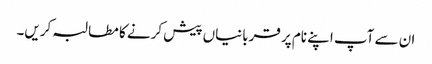
ان سے آپ اپنے نام پر قربانیاں پیش کرنے کا مطالبہ کریں۔